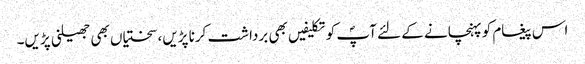
اس پیغام کو پہنچانے کے لئے آپؐ کو تکلیفیں بھی برداشت کرنا پڑیں، سختیاں بھی جھیلنی پڑیں۔